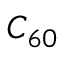
C _ { 6 0 }